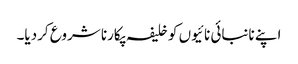
اپنے نانبائی نائیوں کو خلیفہ پکارنا شروع کردیا۔